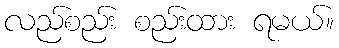
လည်စည်း စည်းထား ရမယ်။